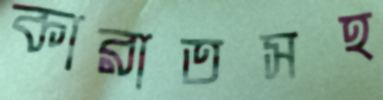
কারাতসহ